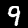
Digit: 9